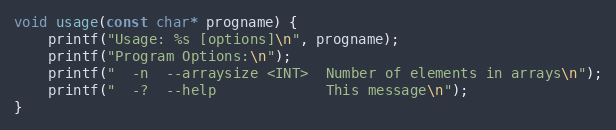
Language: C++
void usage(const char* progname) {
    printf("Usage: %s [options]\n", progname);
    printf("Program Options:\n");
    printf("  -n  --arraysize <INT>  Number of elements in arrays\n");
    printf("  -?  --help             This message\n");
}